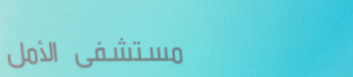
مستشفى الأمل